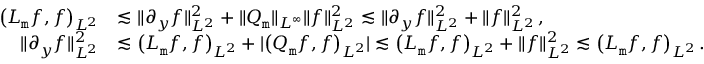
\begin{array} { r l } { \big ( { \cal L } _ { \mathtt m } f , f \big ) _ { L ^ { 2 } } } & { \lesssim \| \partial _ { y } f \| _ { L ^ { 2 } } ^ { 2 } + \| Q _ { \mathtt m } \| _ { L ^ { \infty } } \| f \| _ { L ^ { 2 } } ^ { 2 } \lesssim \| \partial _ { y } f \| _ { L ^ { 2 } } ^ { 2 } + \| f \| _ { L ^ { 2 } } ^ { 2 } \, , } \\ { \| \partial _ { y } f \| _ { L ^ { 2 } } ^ { 2 } } & { \lesssim \big ( { \cal L } _ { \mathtt m } f , f \big ) _ { L ^ { 2 } } + | \big ( Q _ { \mathtt m } f , f \big ) _ { L ^ { 2 } } | \lesssim \big ( { \cal L } _ { \mathtt m } f , f \big ) _ { L ^ { 2 } } + \| f \| _ { L ^ { 2 } } ^ { 2 } \lesssim \big ( { \cal L } _ { \mathtt m } f , f \big ) _ { L ^ { 2 } } \, . } \end{array}